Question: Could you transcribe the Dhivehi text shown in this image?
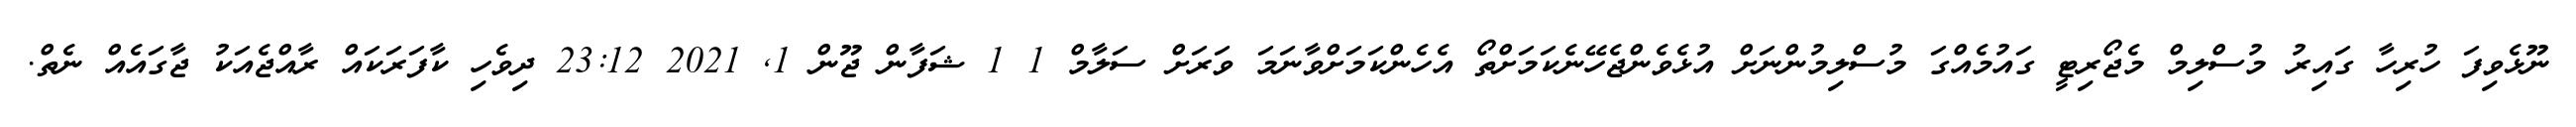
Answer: ނޫޅެވިފަ ހުރިހާ ގައިރު މުސްލިމް މެޖޯރިޓީ ގައުމެއްގަ މުސްލިމުންނަށް އުޅެވެންޖެހޭނެކަމަށްތޯ އެހެންކަމަށްވާނަމަ ވަރަށް ސަލާމް 1 1 ޝަފާން ޖޫން 1, 2021 23:12 ދިވެހި ކާފަރަކައް ރާއްޖެއަކު ޖާގައެއް ނެތް.